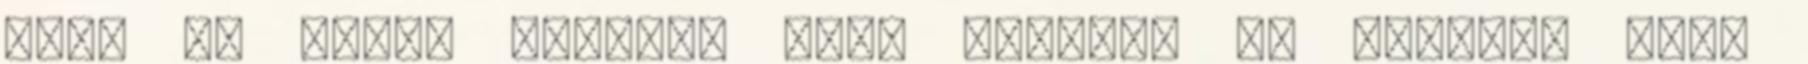
leg. az első. Hogyan? Hol? Igaz-e? Ki találta fel?